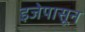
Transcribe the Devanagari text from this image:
इजेपासून